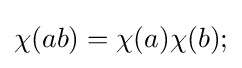
\chi (ab)=\chi (a)\chi (b);